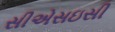
સીએસઇસી